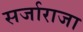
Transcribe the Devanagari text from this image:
सर्जाराजा